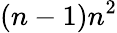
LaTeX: (n-1)n^{2}